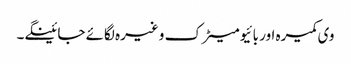
وی کمیرہ اور بائیومیٹرک وغیرہ لگائے جائینگے۔